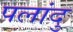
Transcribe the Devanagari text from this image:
पलांदु